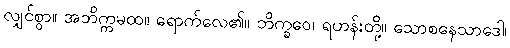
လျှင်စွာ။ အဘိက္ကမထ။ ရောက်လေ၏။ ဘိက္ခဝေ၊ ရဟန်းတို့။ သောစနေသာဒေါ၊